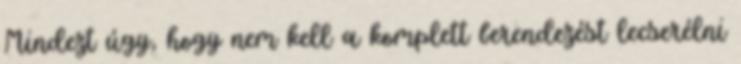
Mindezt úgy, hogy nem kell a komplett berendezést lecserélni